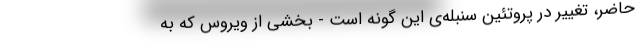
حاضر، تغییر در پروتئین سنبله‌ی این گونه است - بخشی از ویروس که به